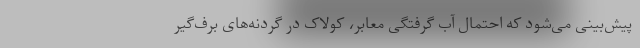
پیش‌بینی می‌شود که احتمال آب گرفتگی معابر، کولاک در گردنه‌های برف‌گیر